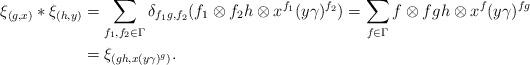
LaTeX: \begin{align*}\xi_{(g,x)}*\xi_{(h,y)} & =\sum_{f_1,f_2\in \Gamma}\delta_{f_1g,f_2}(f_1\otimes f_2h\otimes x^{f_1}(y\gamma)^{f_2})= \sum_{f\in \Gamma} f\otimes fgh\otimes x^{f}(y\gamma)^{fg}\\&=\xi_{(gh,x(y\gamma)^g)}.\end{align*}